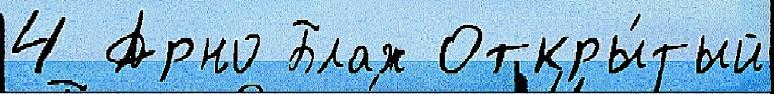
4 Арно Блаж Откры́тый